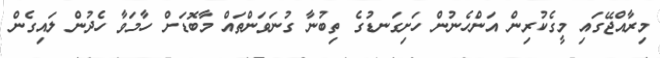
މިރާއްޖޭގައި މީގެކުރިން އަންހެނުން ހަށިގަނޑުގެ ތިބުނާ ގުނަވަންތައް މާބޮޑަށް ހާމަވާ ހެދުން ލައިގެން